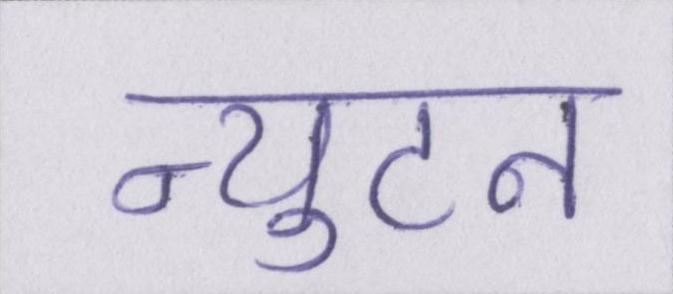
न्युटन